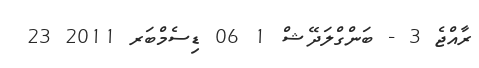
ރާއްޖެ 3 - ބަންގްލަދޭޝް 1 06 ޑިސެމްބަރ 2011 23